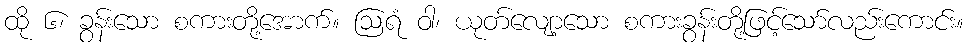
ထို ၆၊ ခွန်းသော စကားတို့အောက်။ ဩရံ ဝါ၊ ယုတ်လျော့သော စကားခွန်းတို့ဖြင့်သော်လည်းကောင်း။